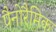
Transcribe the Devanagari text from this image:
पैनोरैमिक